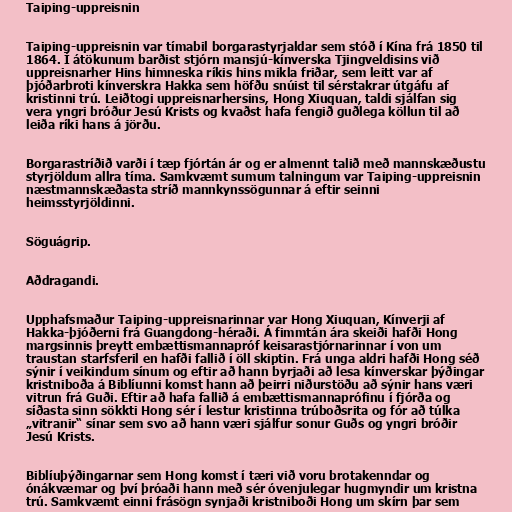
Taiping-uppreisnin

Taiping-uppreisnin var tímabil borgarastyrjaldar sem stóð í Kína frá 1850 til
1864. Í átökunum barðist stjórn mansjú-kínverska Tjingveldisins við
uppreisnarher Hins himneska ríkis hins mikla friðar, sem leitt var af
þjóðarbroti kínverskra Hakka sem höfðu snúist til sérstakrar útgáfu af
kristinni trú. Leiðtogi uppreisnarhersins, Hong Xiuquan, taldi sjálfan sig
vera yngri bróður Jesú Krists og kvaðst hafa fengið guðlega köllun til að
leiða ríki hans á jörðu.

Borgarastríðið varði í tæp fjórtán ár og er almennt talið með mannskæðustu
styrjöldum allra tíma. Samkvæmt sumum talningum var Taiping-uppreisnin
næstmannskæðasta stríð mannkynssögunnar á eftir seinni
heimsstyrjöldinni.

Söguágrip.

Aðdragandi.

Upphafsmaður Taiping-uppreisnarinnar var Hong Xiuquan, Kínverji af
Hakka-þjóðerni frá Guangdong-héraði. Á fimmtán ára skeiði hafði Hong
margsinnis þreytt embættismannapróf keisarastjórnarinnar í von um
traustan starfsferil en hafði fallið í öll skiptin. Frá unga aldri hafði Hong séð
sýnir í veikindum sínum og eftir að hann byrjaði að lesa kínverskar þýðingar
kristniboða á Biblíunni komst hann að þeirri niðurstöðu að sýnir hans væri
vitrun frá Guði. Eftir að hafa fallið á embættismannaprófinu í fjórða og
síðasta sinn sökkti Hong sér í lestur kristinna trúboðsrita og fór að túlka
„vitranir“ sínar sem svo að hann væri sjálfur sonur Guðs og yngri bróðir
Jesú Krists.

Biblíuþýðingarnar sem Hong komst í tæri við voru brotakenndar og
ónákvæmar og því þróaði hann með sér óvenjulegar hugmyndir um kristna
trú. Samkvæmt einni frásögn synjaði kristniboði Hong um skírn þar sem